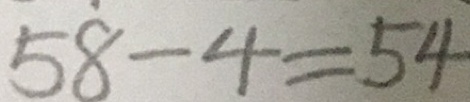
5 8 - 4 = 5 4